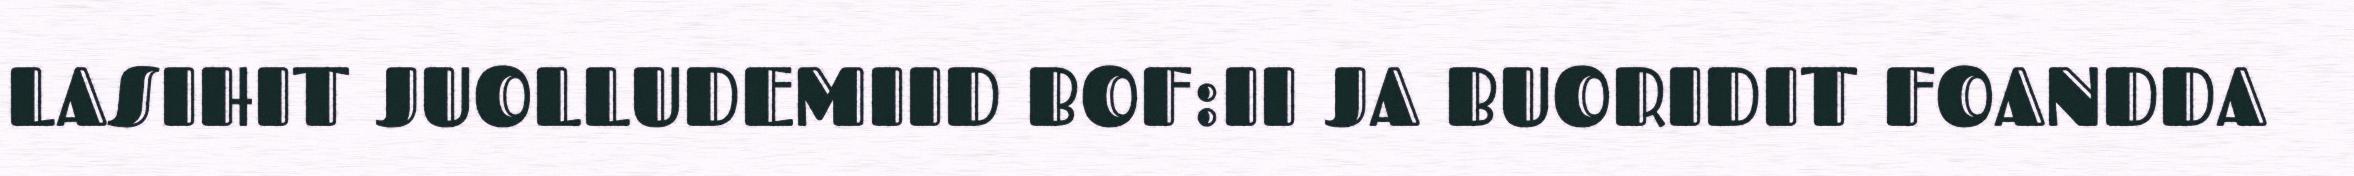
LASIHIT JUOLLUDEMIID BOF:II JA BUORIDIT FOANDDA